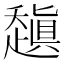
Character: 𰷻